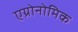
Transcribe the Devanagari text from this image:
एग्रोनोमिक